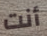
أنت